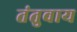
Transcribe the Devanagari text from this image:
तंतुवाय